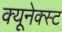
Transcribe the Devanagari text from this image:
क्यूनेक्स्ट